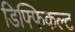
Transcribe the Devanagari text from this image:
डिफ्फिकल्ट